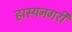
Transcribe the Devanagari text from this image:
हास्यनगरी